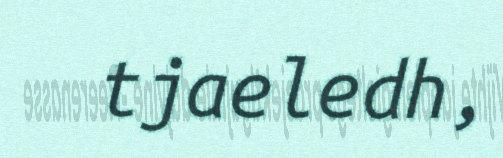
tjaeledh,